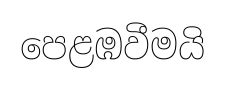
පෙළඹවීමයි